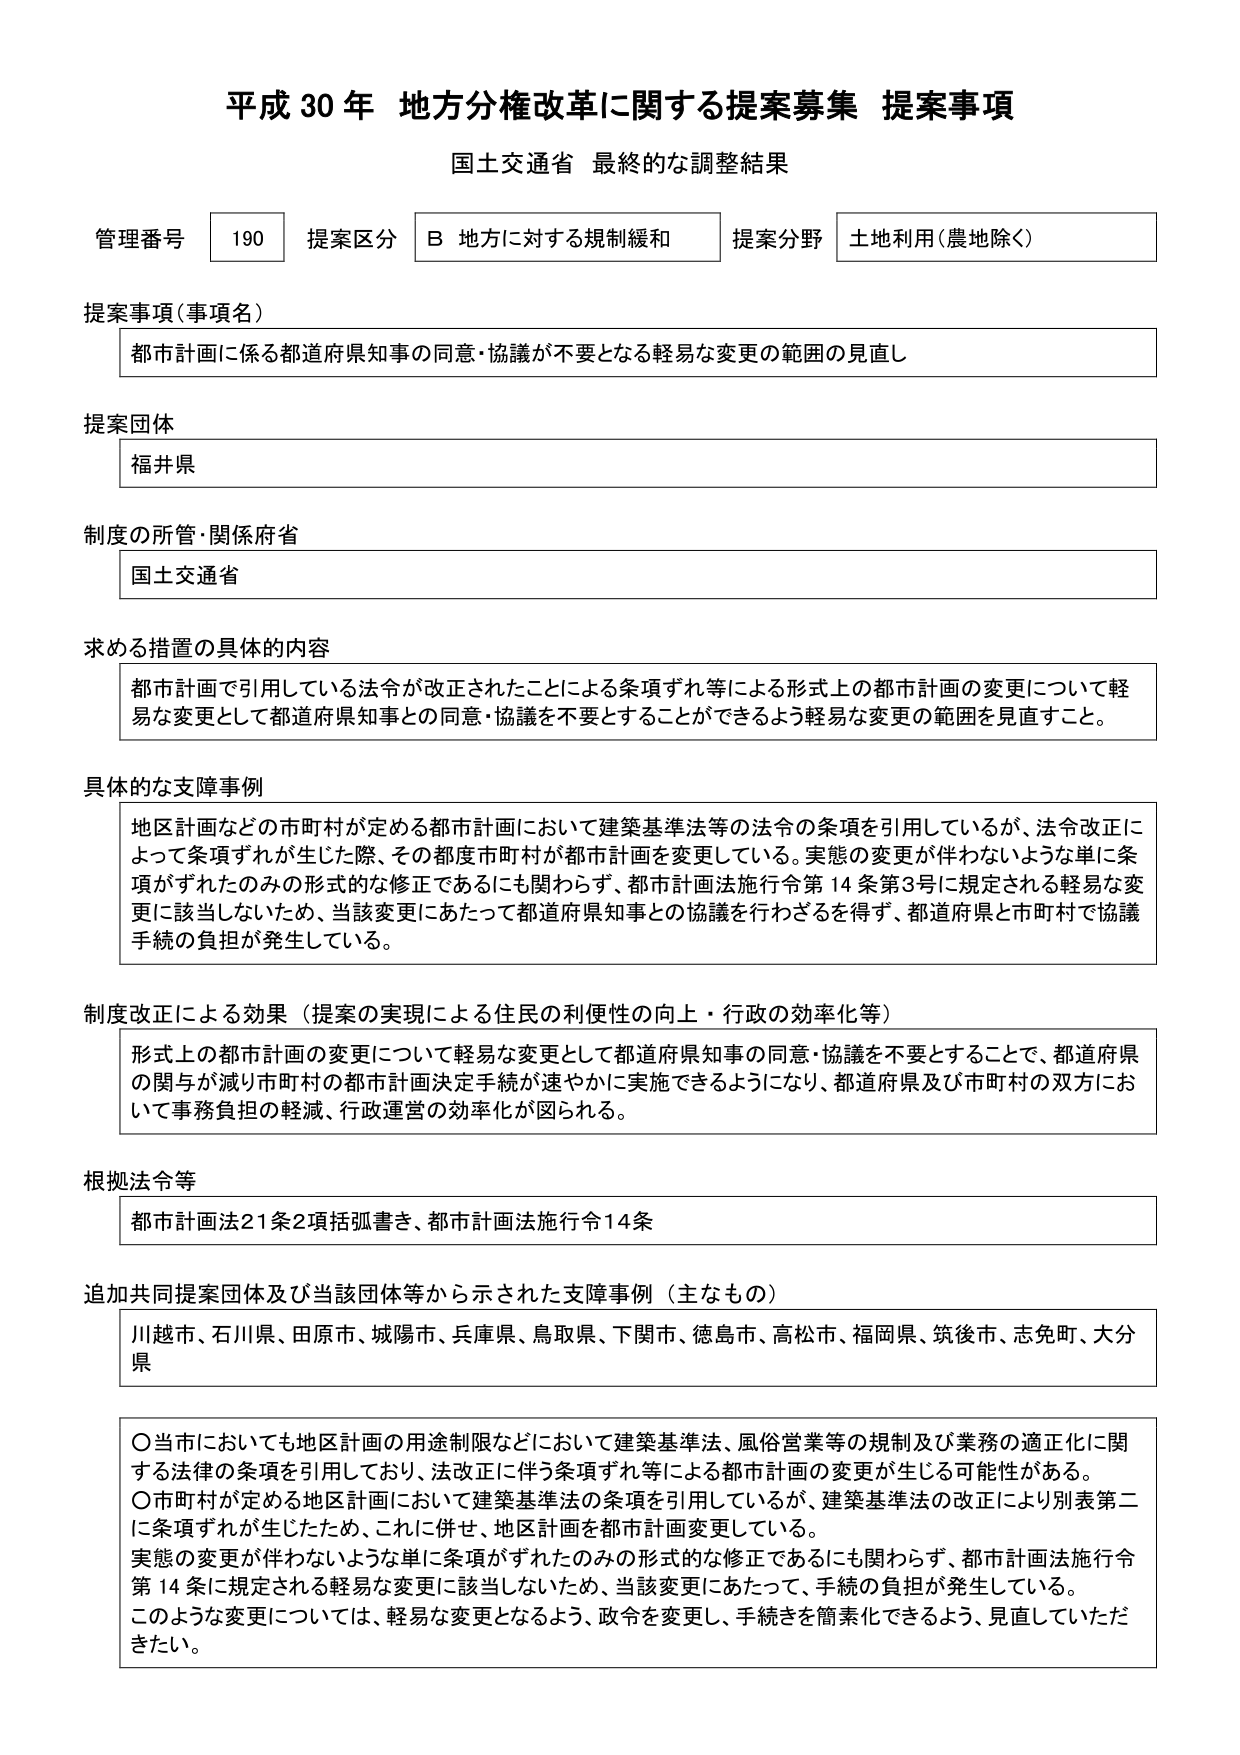
平成30年 地方分権改革に関する提案募集 提案事項
国土交通省 最終的な調整結果

管理番号 190 提案区分 B 地方に対する規制緩和 提案分野 土地利用（農地除く）

提案事項（事項名）
都市計画に係る都道府県知事の同意・協議が不要となる軽易な変更の範囲の見直し

提案団体
福井県

制度の所管・関係府省
国土交通省

求める措置の具体的内容
都市計画で引用している法令が改正されたことによる条項ずれ等による形式上の都市計画の変更について軽易な変更として都道府県知事との同意・協議を不要とすることができるよう軽易な変更の範囲を見直すこと。

具体的な支障事例
地区計画などの市町村が定める都市計画において建築基準法等の法令の条項を引用しているが、法令改正によって条項ずれが生じた際、その都度市町村が都市計画を変更している。実態の変更が伴わないような単に条項がずれたのみの形式的な修正であるにも関わらず、都市計画法施行令第14条第3号に規定される軽易な変更に該当しないため、当該変更にあたって都道府県知事との協議を行わざるを得ず、都道府県と市町村で協議手続の負担が発生している。

制度改正による効果（提案の実現による住民の利便性の向上・行政の効率化等）
形式上の都市計画の変更について軽易な変更として都道府県知事の同意・協議を不要とすることで、都道府県の関与が減り市町村の都市計画決定手続が速やかに実施できるようになり、都道府県及び市町村の双方において事務負担の軽減、行政運営の効率化が図られる。

根拠法令等
都市計画法21条2項括弧書き、都市計画法施行令14条

追加共同提案団体及び当該団体等から示された支障事例（主なもの）
川越市、石川県、田原市、城陽市、兵庫県、鳥取県、下関市、徳島市、高松市、福岡県、筑後市、志免町、大分県

〇当市においても地区計画の用途制限などにおいて建築基準法、風俗営業等の規制及び業務の適正化に関する法律の条項を引用しており、法改正に伴う条項ずれ等による都市計画の変更が生じる可能性がある。
〇市町村が定める地区計画において建築基準法の条項を引用しているが、建築基準法の改正により別表第二に条項ずれが生じたため、これに併せて、地区計画を都市計画変更している。
実態の変更が伴わないような単に条項がずれたのみの形式的な修正であるにも関わらず、都市計画法施行令第14条に規定される軽易な変更に該当しないため、当該変更にあたって、手続の負担が発生している。
このような変更については、軽易な変更となるよう、政令を変更し、手続きを簡素化できるよう、見直していただきたい。